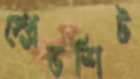
স্প্রেডশিট